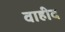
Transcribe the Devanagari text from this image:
वाहीद